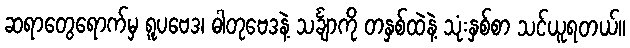
ဆရာတွေရောက်မှ ရူပဗေဒ၊ ဓါတုဗေဒနဲ့ သင်္ချာကို တနှစ်ထဲနဲ့ သုံးနှစ်စာ သင်ယူရတယ်။